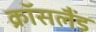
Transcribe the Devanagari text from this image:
क्रॉसलैंड